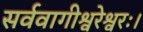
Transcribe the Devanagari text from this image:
सर्ववागीश्वरेश्वरः।